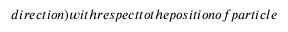
d i r e c t i o n ) w i t h r e s p e c t t o t h e p o s i t i o n o f p a r t i c l e